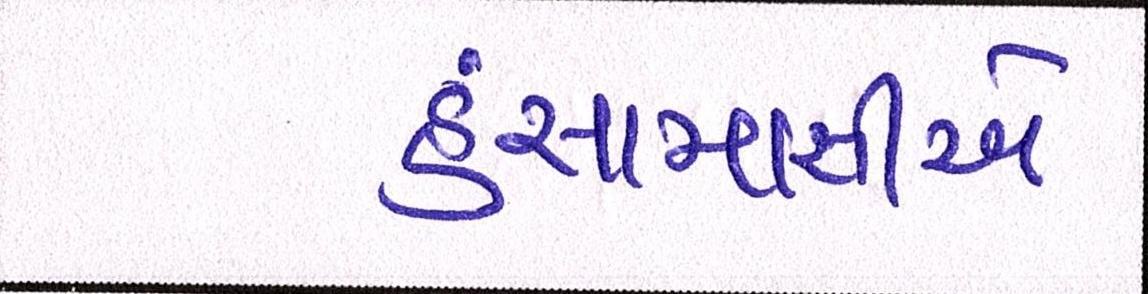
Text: હંસામાસીએ